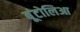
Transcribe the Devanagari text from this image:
बूंटोलिआ